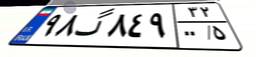
۹۸گ۸۴۹۳۲